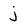
Character: j